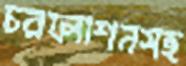
চরফ্যাশনসহ